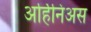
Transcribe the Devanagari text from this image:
अर्हिनिअस